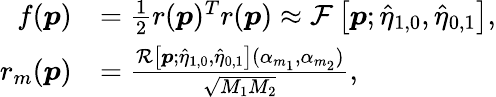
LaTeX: \begin{array}{rl}{f(\boldsymbol p)}&{=\frac{1}{2}r(\boldsymbol p)^{T}r(\boldsymbol p)\approx\mathcal{F}\left[\boldsymbol p;\hat{\eta}_{1,0},\hat{\eta}_{0,1}\right],}\\ {r_{m}(\boldsymbol p)}&{=\frac{\mathcal{R}\left[\boldsymbol p;\hat{\eta}_{1,0},\hat{\eta}_{0,1}\right](\alpha_{m_{1}},\alpha_{m_{2}})}{\sqrt{M_{1}M_{2}}},}\end{array}